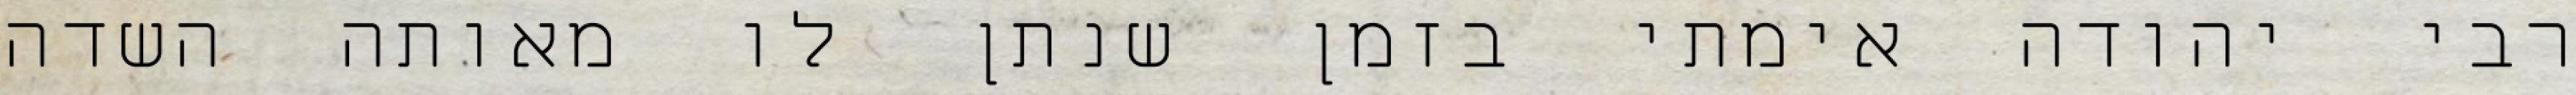
רבי יהודה אימתי בזמן שנתן לו מאותה השדה